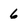
Character: 6